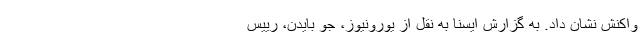
واکنش نشان داد. به گزارش ایسنا به نقل از یورونیوز، جو بایدن، رییس